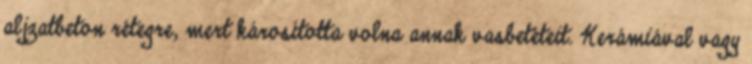
aljzatbeton rétegre, mert károsította volna annak vasbetéteit. Kerámiával vagy